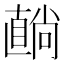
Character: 𥊢